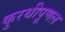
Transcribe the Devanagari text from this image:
कुरथीपूणल